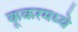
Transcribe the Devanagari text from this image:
कूकरमध्ये